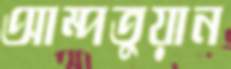
আম্পতুয়ান